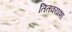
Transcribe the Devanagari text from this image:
तितक्याशा